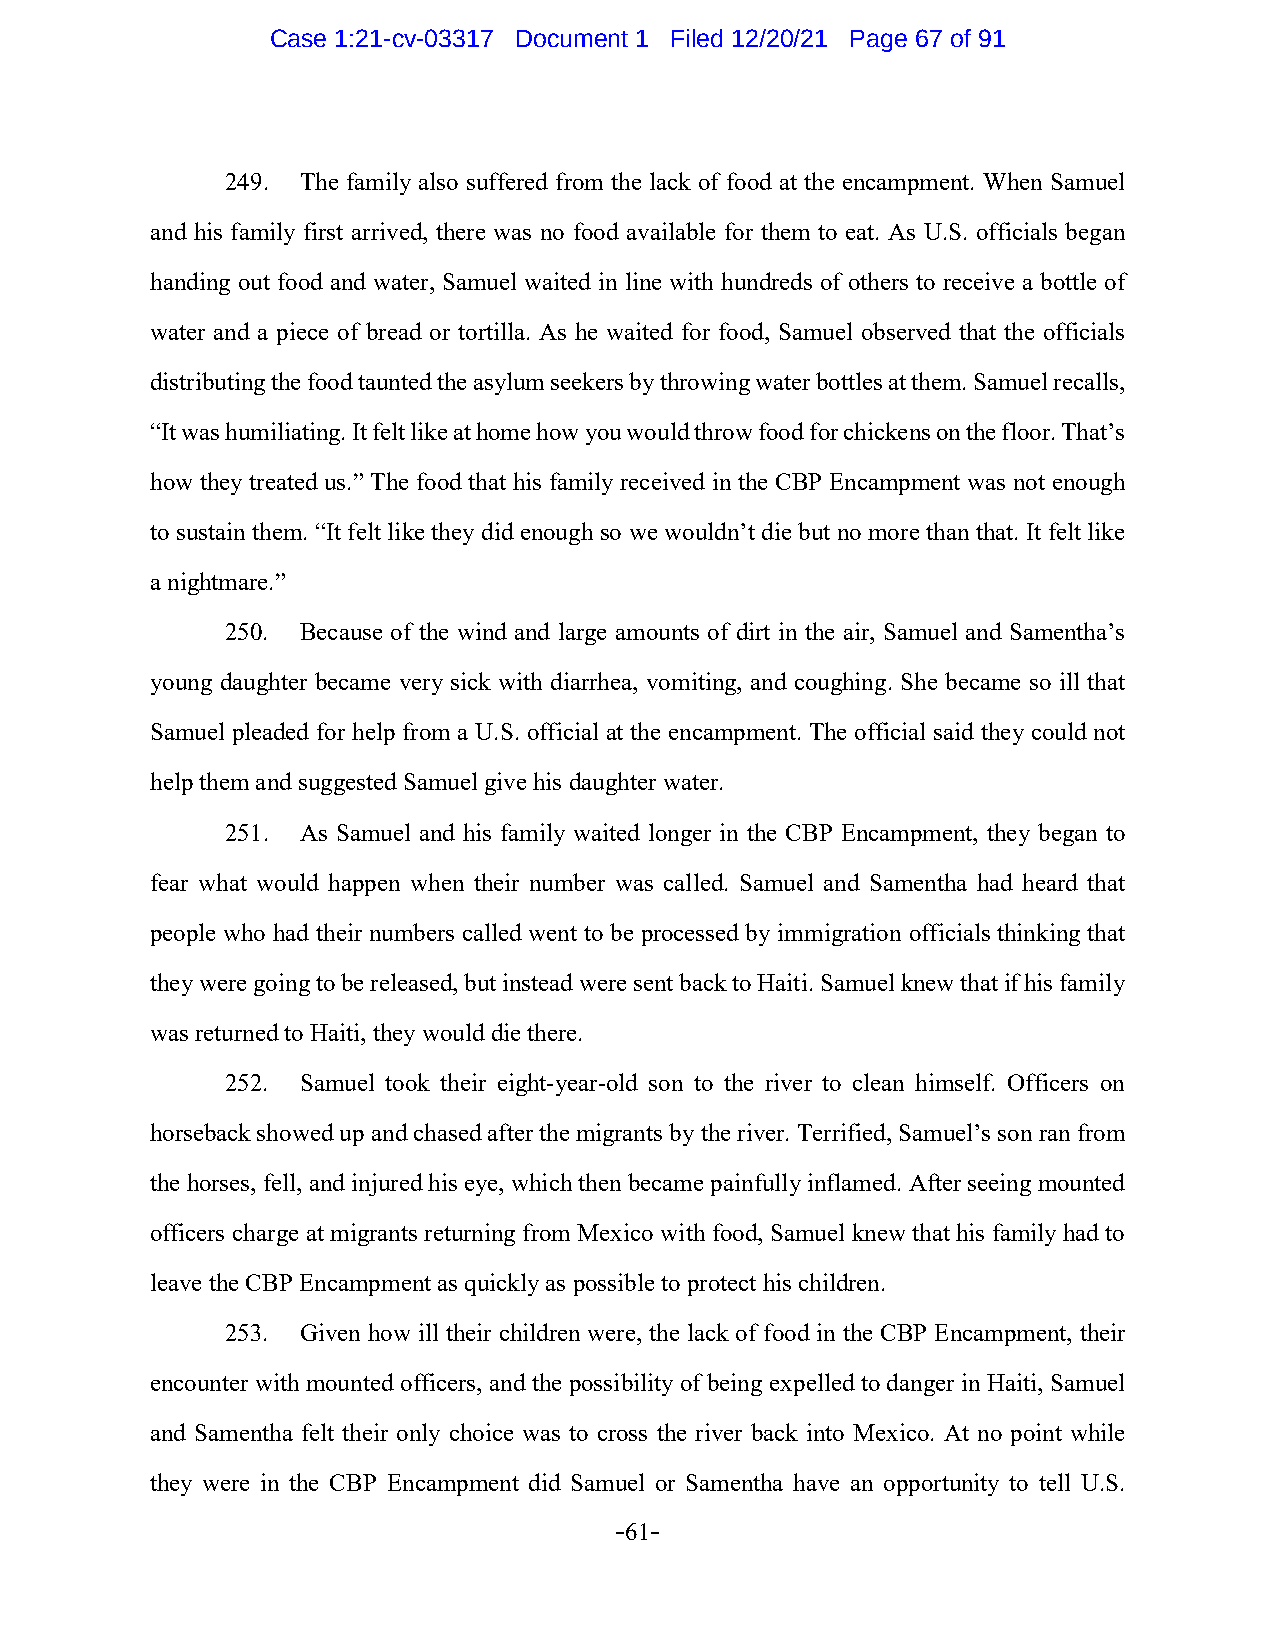
Case 1:21-cv-03317 Document 1 Filed 12/20/21 Page 67 of 91
 249. The family also suffered from the lack of food at the encampment. When Samuel
 and his family first arrived, there was no food available for them to eat. As U.S. officials began
 handing out food and water, Samuel waited in line with hundreds of others to receive a bottle of
 water and a piece of bread or tortilla. As he waited for food, Samuel observed that the officials
 distributing the food taunted the asylum seekers by throwing water bottles at them. Samuel recalls,
 “It was humiliating. It felt like at home how you would throw food for chickens on the floor. That’s
 how they treated us.” The food that his family received in the CBP Encampment was not enough
 to sustain them. “It felt like they did enough so we wouldn’t die but no more than that. It felt like
 a nightmare.”
 250. Because of the wind and large amounts of dirt in the air, Samuel and Samentha’s
 young daughter became very sick with diarrhea, vomiting, and coughing. She became so ill that
 Samuel pleaded for help from a U.S. official at the encampment. The official said they could not
 help them and suggested Samuel give his daughter water.
 251. As Samuel and his family waited longer in the CBP Encampment, they began to
 fear what would happen when their number was called. Samuel and Samentha had heard that
 people who had their numbers called went to be processed by immigration officials thinking that
 they were going to be released, but instead were sent back to Haiti. Samuel knew that if his family
 was returned to Haiti, they would die there.
 252. Samuel took their eight-year-old son to the river to clean himself. Officers on
 horseback showed up and chased after the migrants by the river. Terrified, Samuel’s son ran from
 the horses, fell, and injured his eye, which then became painfully inflamed. After seeing mounted
 officers charge at migrants returning from Mexico with food, Samuel knew that his family had to
 leave the CBP Encampment as quickly as possible to protect his children.
 253. Given how ill their children were, the lack of food in the CBP Encampment, their
 encounter with mounted officers, and the possibility of being expelled to danger in Haiti, Samuel
 and Samentha felt their only choice was to cross the river back into Mexico. At no point while
 they were in the CBP Encampment did Samuel or Samentha have an opportunity to tell U.S.
 -61-